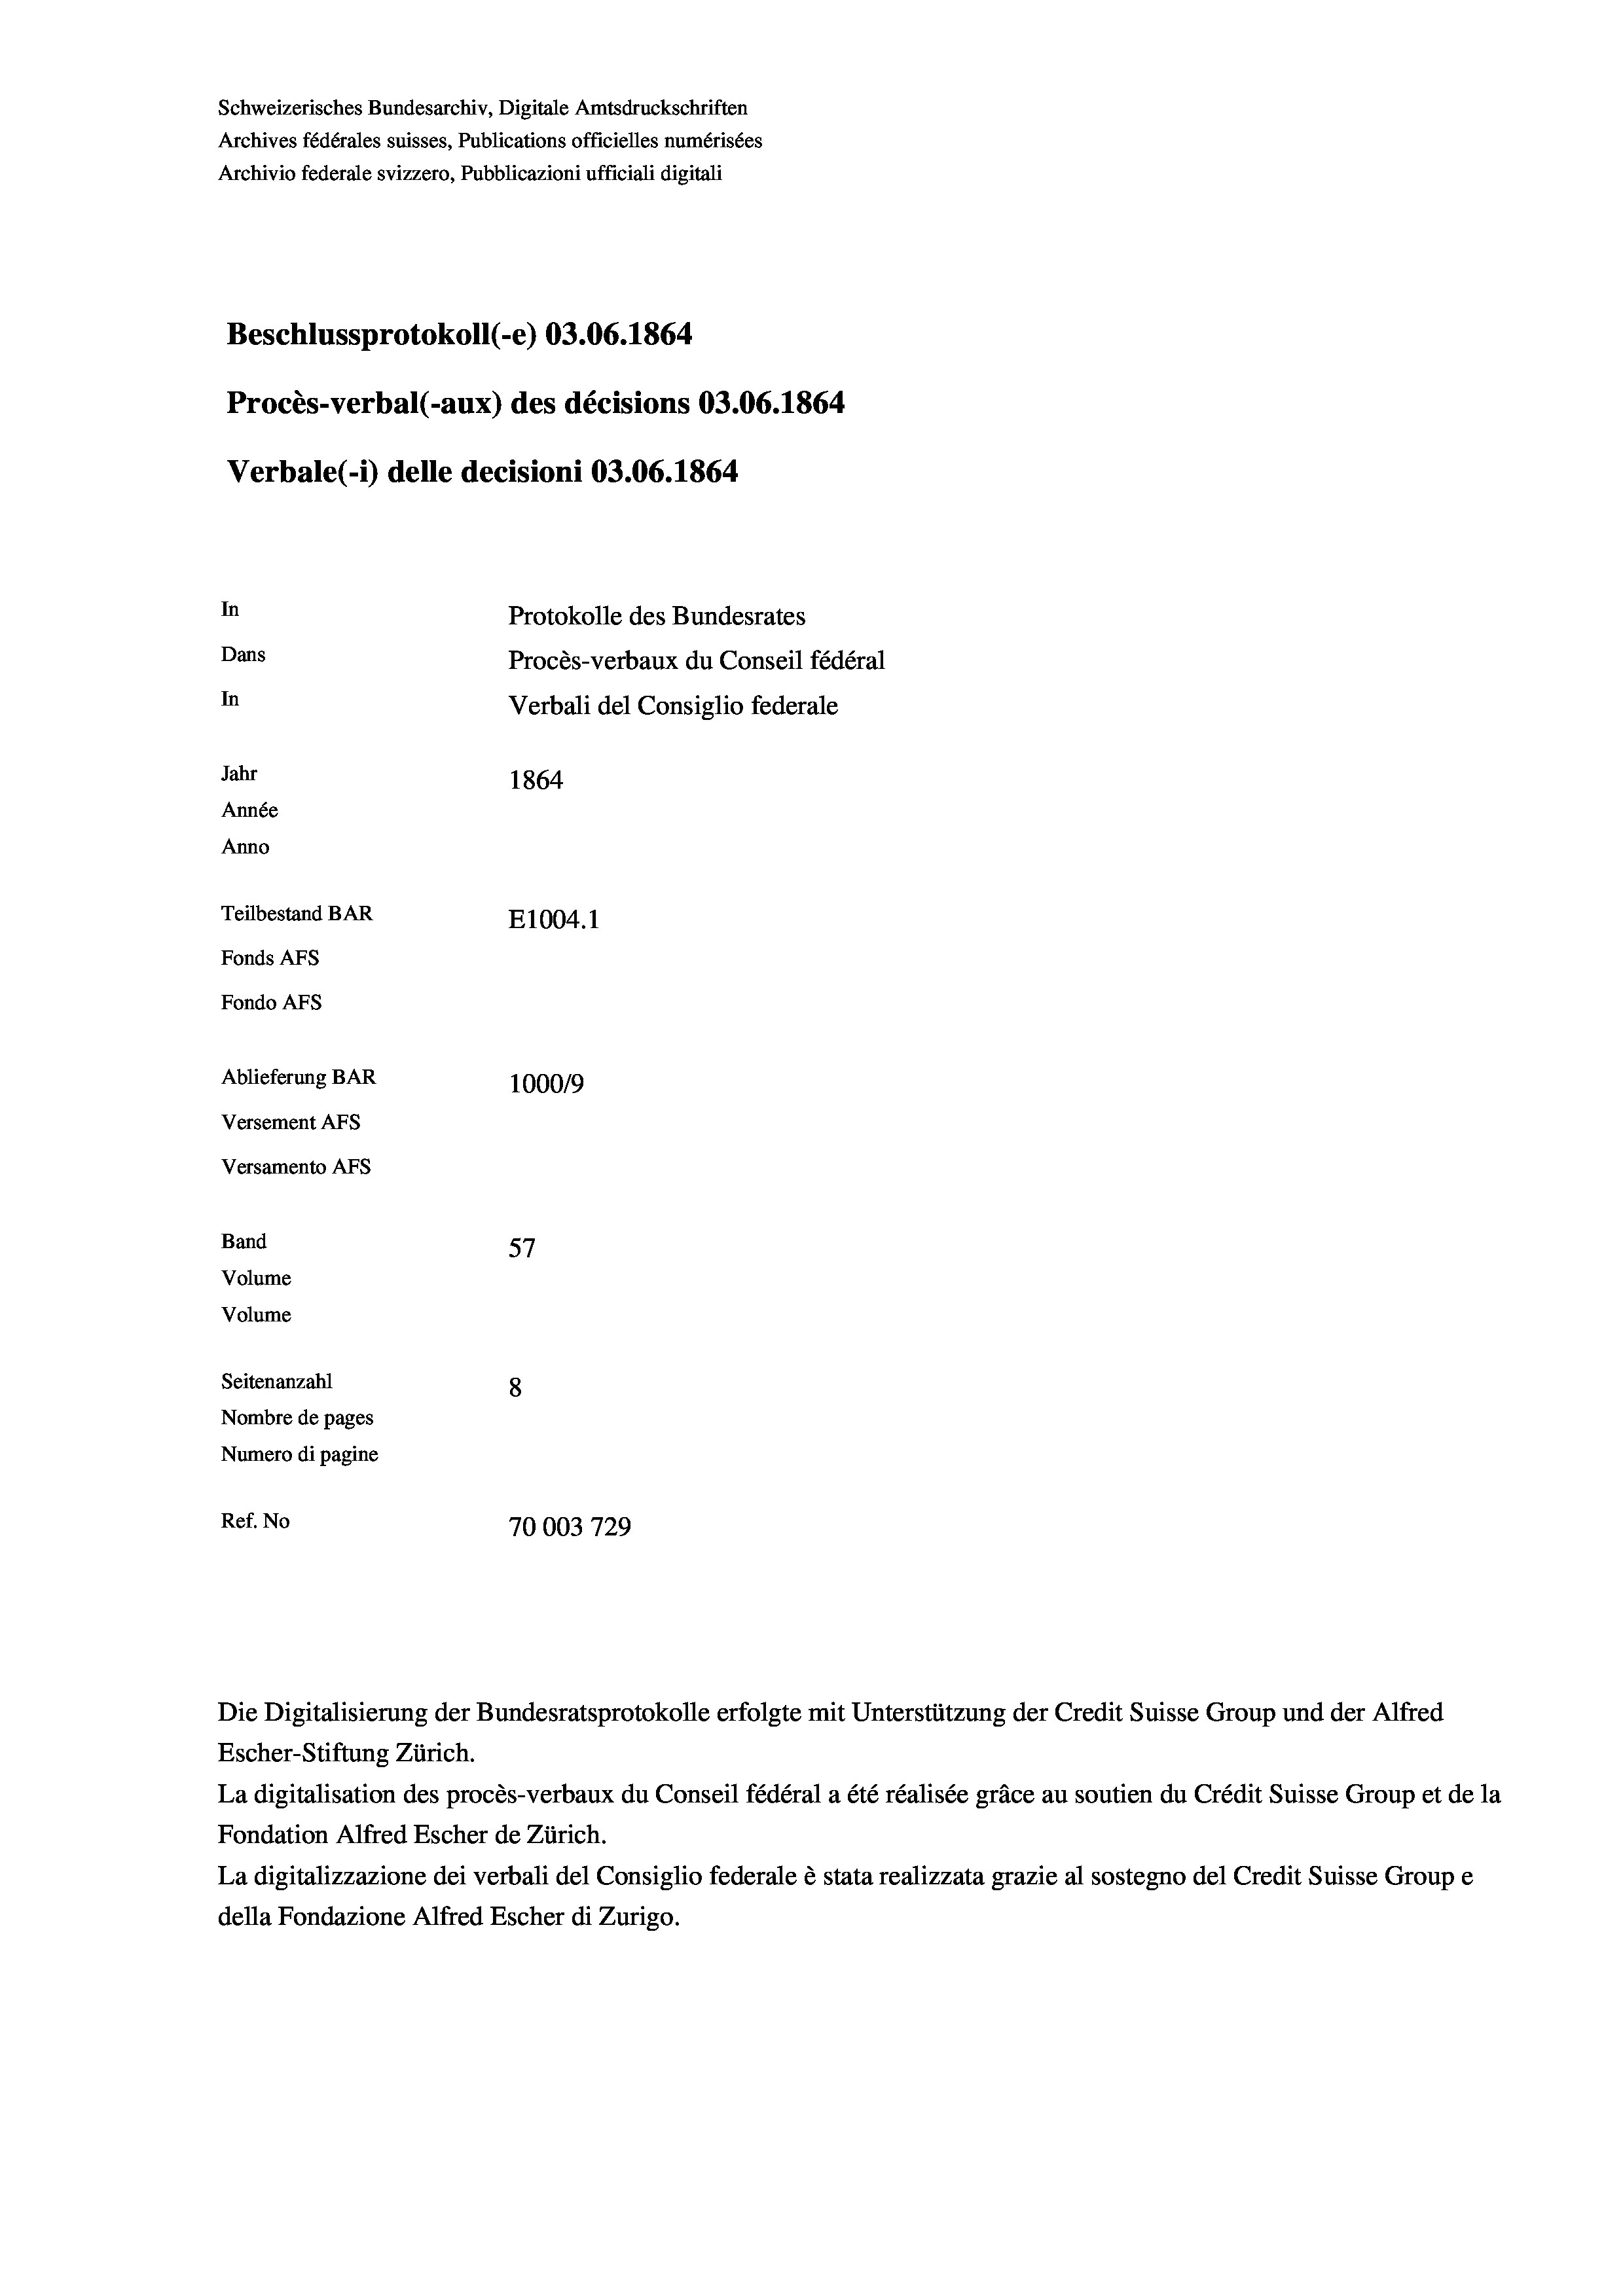
Schweizerisches Bundesarchiv, Digitale Amtsdruckschriften
Archives fédérales suisses, Publications officielles numérisées
Archivio federale svizzero, Pubblicazioni ufficiali digitali
Beschlussprotokoll (-e) 03.06. 1864
Procès-verbal (-aux) des décisions 03.06. 1864
Verbale (i) delle decisioni 03.06. 1864
In
Protokolle des Bundesrates
Dans
Procès-verbaux du Conseil fédéral
In
Verbali del Consiglio federale
Jahr
1864
Année
Anno
Teilbestand BAR
E1004.1
Fonds Afs
Fondo AFs
Ablieferung BAR
1000/9
Versement Abs
Versamento Afs
Band
57
Volume
Volume
Seitenanzahl
8
Nombre de pages
Numero di pagine
Ref. No
70003729

Escher-Stiftung Zürich.
La digitalisation des procès-verbaux du Conseil fédéral a été réalisée gräce au soutien du Crédit Suisse Group et de la
Fondation Alfred Escher de Zürich.
La digitalizzazione dei verbali del Consiglio federale è stata realizzata grazie al sostegno del Credit Suisse Groupe
della Fondazione Alfred Escher di Zurigo.

Die Digitalisierung der Bundesratsprotokolle erfolgte mit Unterstützung der Credit Suisse Group und der Alfred